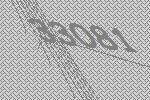
33081